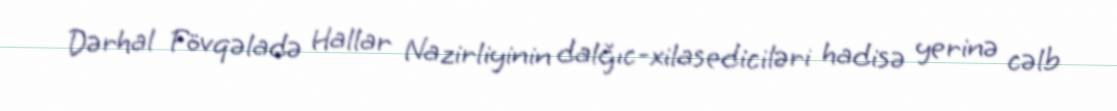
Dərhal Fövqəladə Hallar Nazirliyinin dalğıc-xilasediciləri hadisə yerinə cəlb